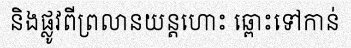
និងផ្លូវពីព្រលានយន្តហោះ ឆ្ពោះទៅកាន់